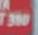
390